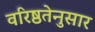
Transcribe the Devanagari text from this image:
वरिष्ठतेनुसार